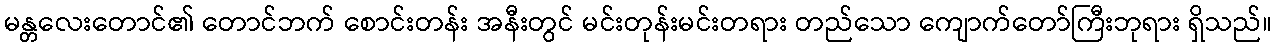
မန္တလေးတောင်၏ တောင်ဘက် စောင်းတန်း အနီးတွင် မင်းတုန်းမင်းတရား တည်သော ကျောက်တော်ကြီးဘုရား ရှိသည်။